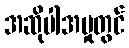
အဆိုပါအမှုတွင်